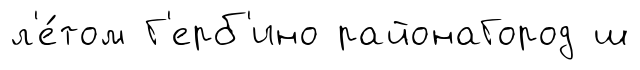
л'е́том Г'ерб'ино районаГород ш